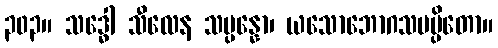
၃၀၃။ သဒ္ဓေါ သီလေန သမ္ပန္နော၊ ယသောဘောဂသမပ္ပိတော။